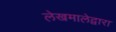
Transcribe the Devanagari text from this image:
लेखमालेद्वारा